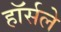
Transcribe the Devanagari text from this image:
हॉर्सले